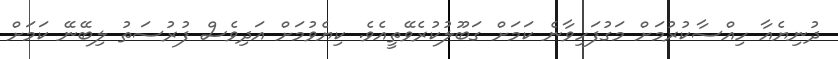
ދުނިޔެއާ ހިއްސާކުރުމަށް މަގުފަހިވާނެ ކަމަށް ގަބޫލުކުރެވޭތީއެވެ. ކިޔެވުމަށް އަދިވެސް ފުރުސަތު ލިބޭނޭ ކަމަށް